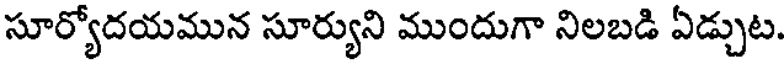
సూర్యోదయమున సూర్యుని ముందుగా నిలబడి ఏడ్చుట.